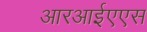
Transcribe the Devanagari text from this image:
आरआईएएस